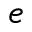
e